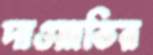
দাওয়াতির